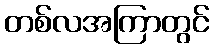
တစ်လအကြာတွင်